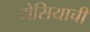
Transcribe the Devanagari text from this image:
मेसियाची